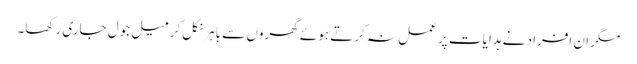
مگر ان افراد نے ہدایات پر عمل نہ کرتے ہوئے گھروں سے باہر نکل کر میل جول جاری رکھا۔